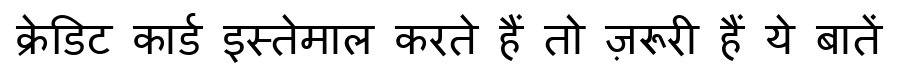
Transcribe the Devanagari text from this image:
क्रेडिट कार्ड इस्तेमाल करते हैं तो ज़रूरी हैं ये बातें